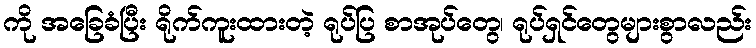
ကို အခြေခံပြီး ရိုက်ကူးထားတဲ့ ရုပ်ပြ စာအုပ်တွေ၊ ရုပ်ရှင်တွေများစွာလည်း